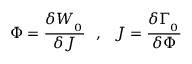
\Phi = \frac { \delta W _ { \L \L _ { 0 } } } { \delta J } ~ ~ , ~ ~ J = \frac { \delta \Gamma _ { \L \L _ { 0 } } } { \delta \Phi }